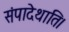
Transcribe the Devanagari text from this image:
संपादेथाति।